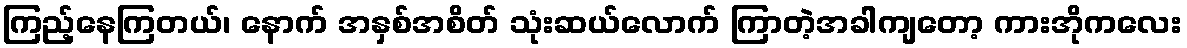
ကြည့်နေကြတယ်၊ နောက် အနှစ်အစိတ် သုံးဆယ်လောက် ကြာတဲ့အခါကျတော့ ကားအိုကလေး